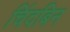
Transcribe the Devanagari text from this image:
चिंदबिन